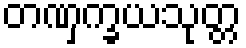
တဏှက္ခယသုတ္တ